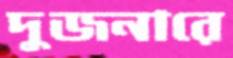
দুজনারে